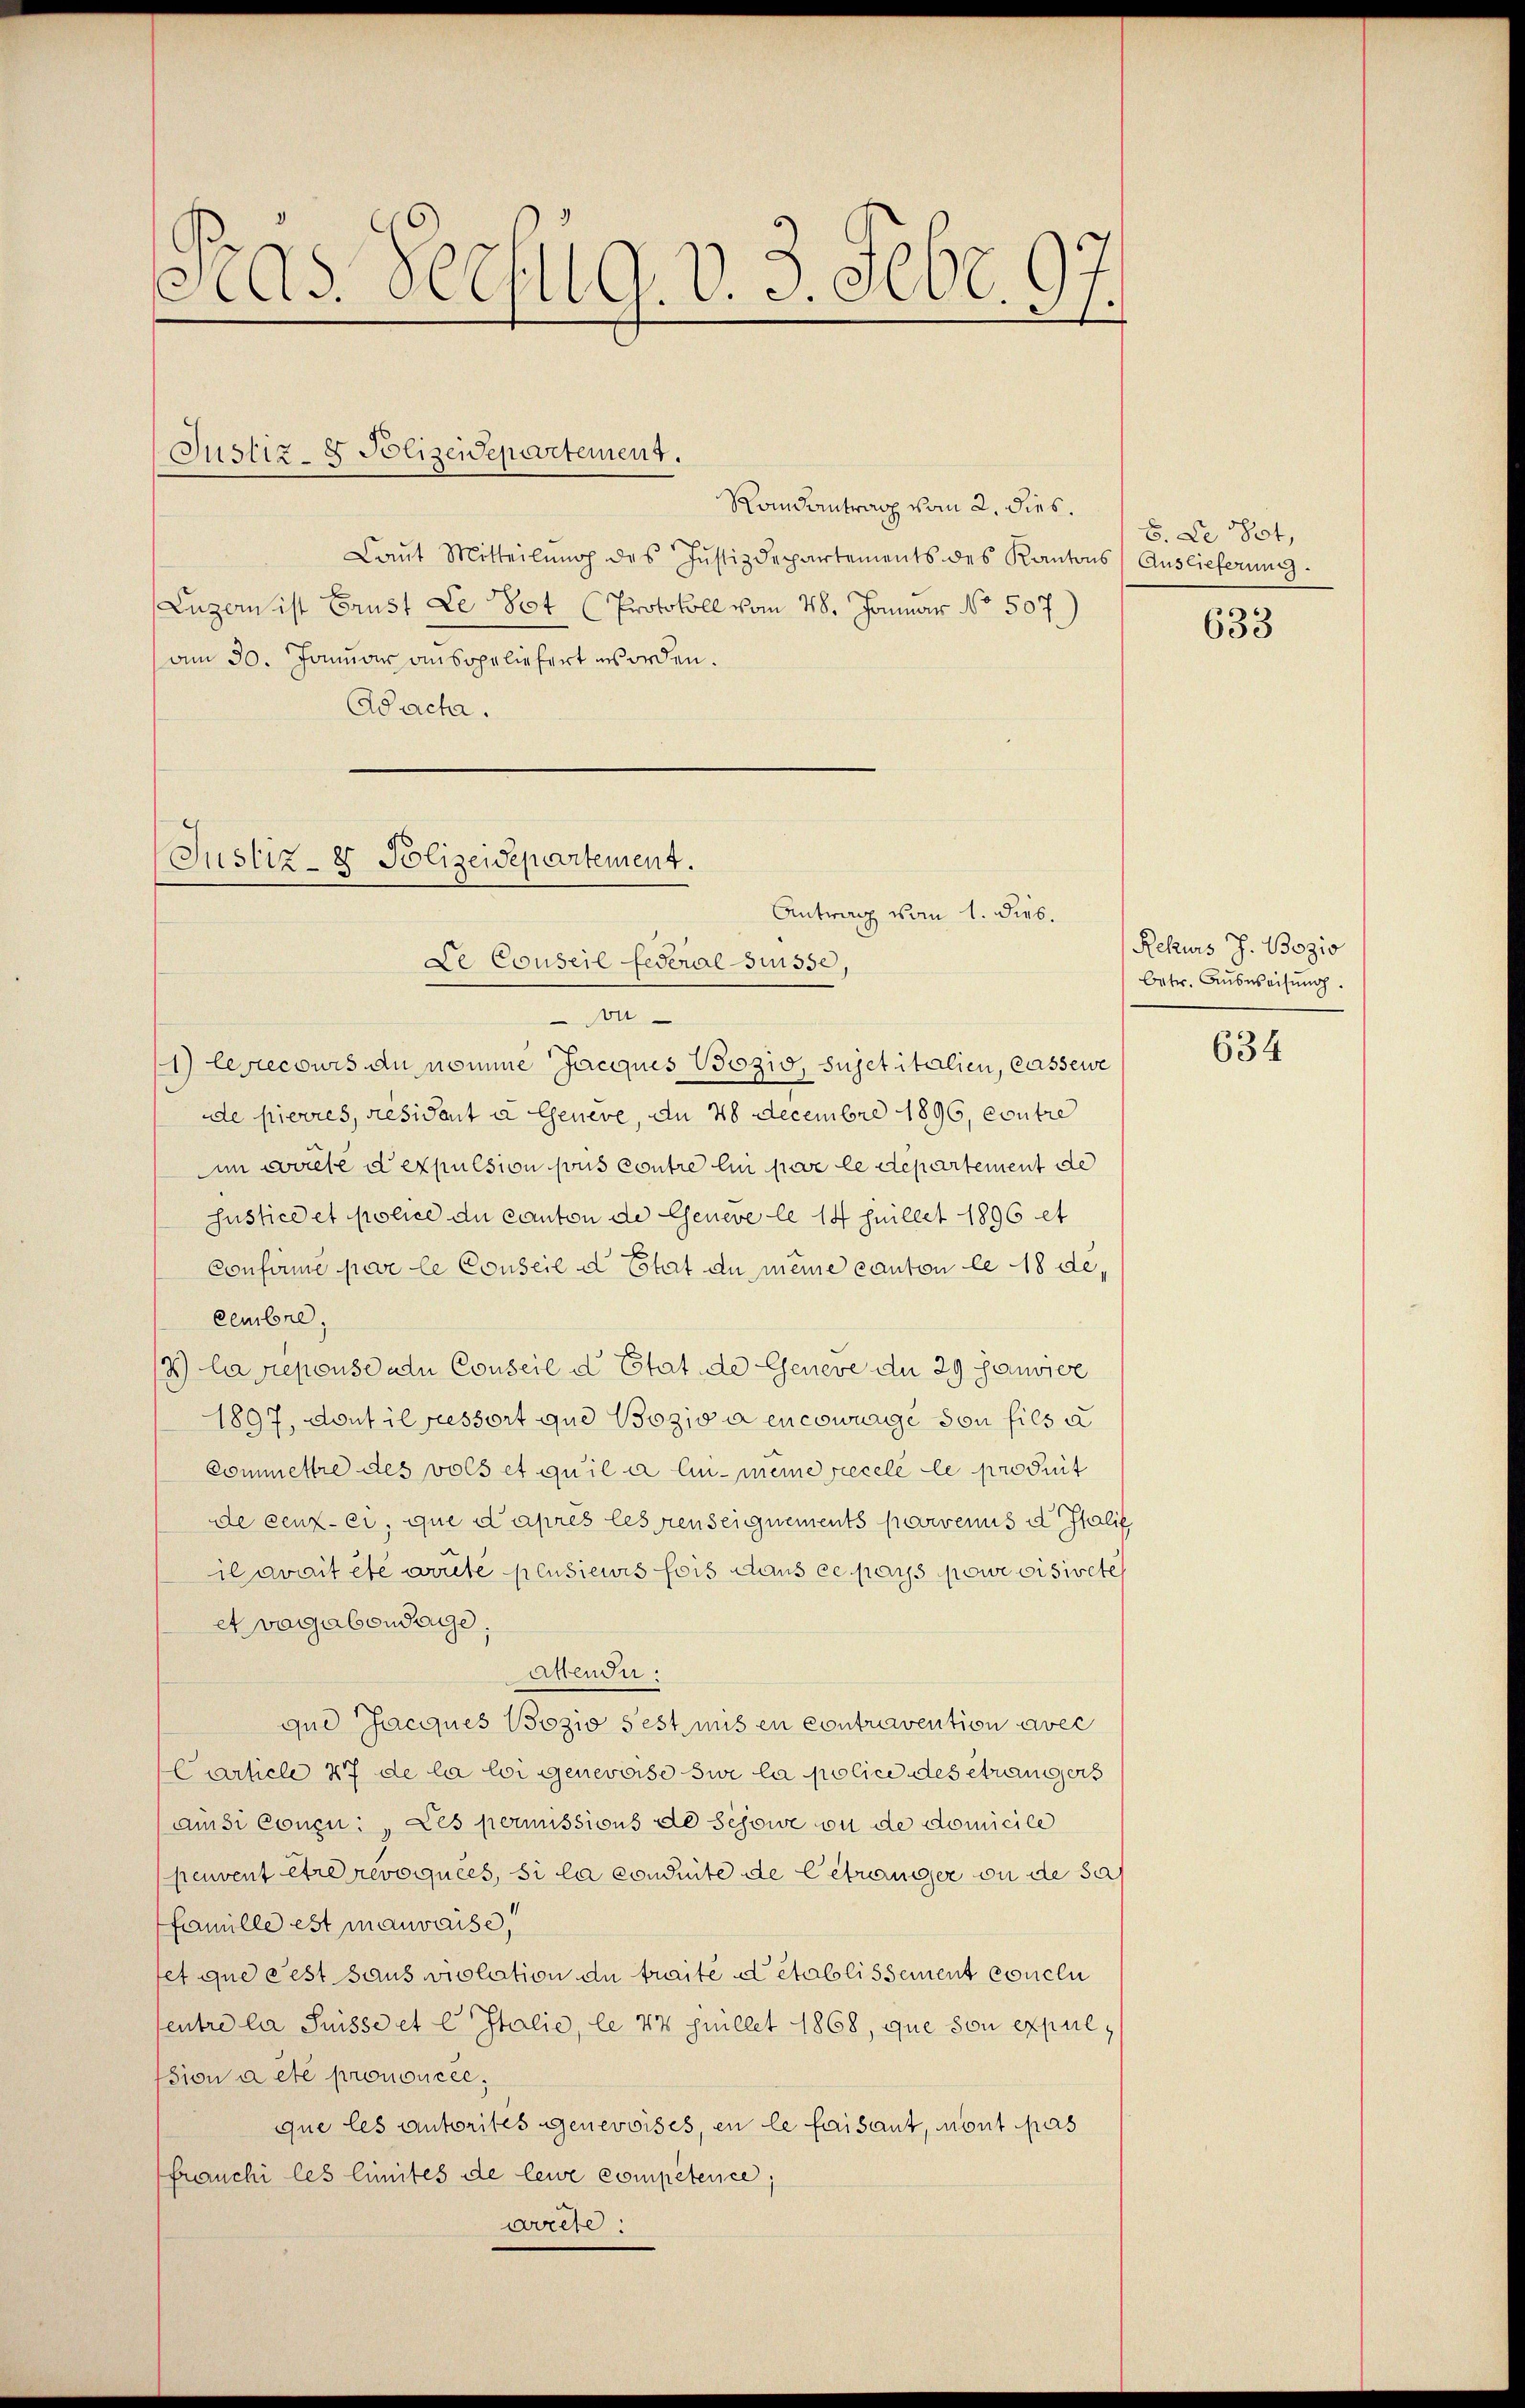
Pras Seesug. v. 3. Febr. 97.

Justiz- & Polizeidepartement.

Randantrag vom 2. dies.
Laŭt Mitteilŭng des Justizdepartements des Kantons Auslieferung
Luzern ist Brust Le dot (Protokoll vom 28. Januar No. 507.)
am 30. Januar ansopeliefert worden.
Adach.

Justiz- 8 Polizeidepartement.
Antwang vom 1. dies.
Le Conseil Federal Suisse,
An

1) les recours du nomme Jacques Bozio, sujetitalien, Cassewe
de pierres, resident a Genere, an 28 Decembre 1896, contre
Aim weile d expulsion sous contre lin par le departement de
Justice et police du canton de Geneve le 14 Juillet 1896 et
Confermé par le Conseil d Etat du meine canton le 18 decembre.
2) la repouse adu Conseil d Etat de Geneve de 29 Janvier
1897, dont il fessort que Boziva encowunge von fils a
Commettre des vols et qu’il a lin- meine recele le produit
de ceux-ci, que d’après lesenseignements parvenus der Italit
il avait etc doute plusiewis fois dans ce pass powevisirete
et vagabendage;
attendu.
que Jacques Bozio sest mit en contravention avec
Carticle 47 de la loi genevoise sur la police des étrangers
amsi Concu: Les permissions de schowe ou de domicile
peuvent être revoquées, si la conduite de betrenger ou de sas
famille est mauvaise,
fet que cest saus violation de traite et établissement conclu
entre la Suisse et C Italie, le 44 pillet 1868, que son expulsion a été prononcer,
que les autorites genevoisch, en le faisant, nont pas
franchi les limites de leure compétence;
arrete:

8. Le 851,

633

Rekurs J. Bozio
betr. Aŭsweisŭng.

634